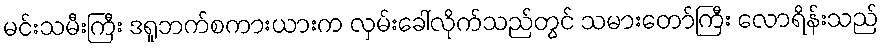
မင်းသမီးကြီး ဒရူဘက်စကားယားက လှမ်းခေါ်လိုက်သည်တွင် သမားတော်ကြီး လောရိန်းသည်